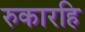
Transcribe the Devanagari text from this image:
रुकारहि